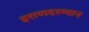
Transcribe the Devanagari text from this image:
इराणदरम्यान